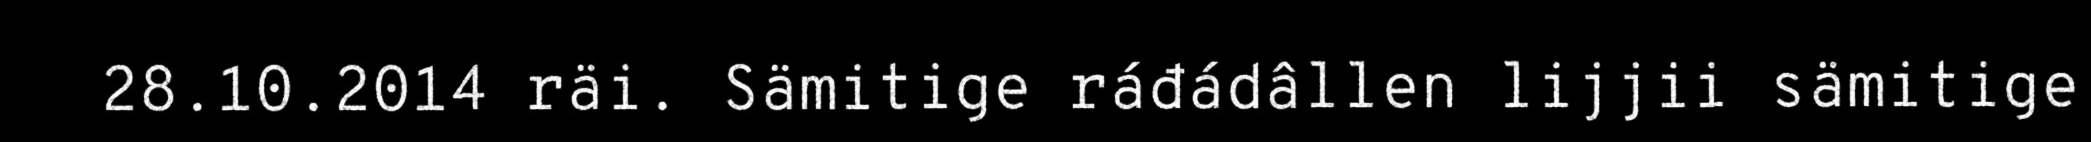
28.10.2014 räi. Sämitige ráđádâllen lijjii sämitige